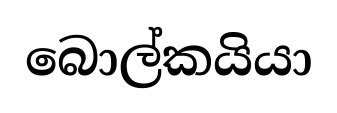
බොල්කයියා